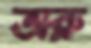
অরু